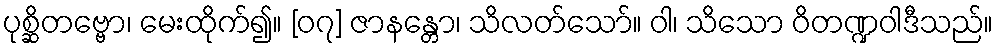
ပုစ္ဆိတဗ္ဗော၊ မေးထိုက်၍။ [၀၇] ဇာနန္တော၊ သိလတ်သော်။ ဝါ၊ သိသော ဝိတဏ္ဍဝါဒီသည်။